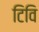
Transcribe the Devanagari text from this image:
टिवि